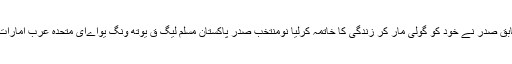
جان کر آپ کو بھی خوشی ہوگی رشوت کا الزام، امریکی ملک پیرو کے سابق صدر نے خود کو گولی مار کر زندگی کا خاتمہ کرلیا نومنتخب صدر پاکستان مسلم لیگ ق یوتھ ونگ یواےای متحدہ عرب امارات زیشان شاہ نے اپنی رہائش گاہ دبئی میں پریس کانفرنس کی نوشہروفیروز۔